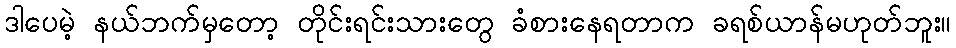
ဒါပေမဲ့ နယ်ဘက်မှတော့ တိုင်းရင်းသားတွေ ခံစားနေရတာက ခရစ်ယာန်မဟုတ်ဘူး။